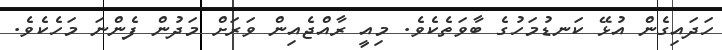
ހަދައިގެން އުޅޭ ކަނޑުމަހުގެ ބާވަތެކެވެ. މިއީ ރާއްޖެއިން ވަރަށް މަދުން ފެންނަ މަހެކެވެ.